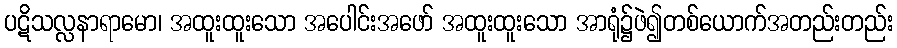
ပဋိသလ္လနာရာမော၊ အထူးထူးသော အပေါင်းအဖော် အထူးထူးသော အာရုံ၌ဖဲ၍တစ်ယောက်အတည်းတည်း